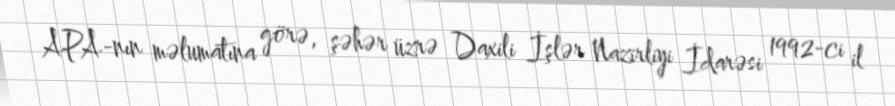
APA-nın məlumatına görə, şəhər üzrə Daxili İşlər Nazirliyi İdarəsi 1992-ci il